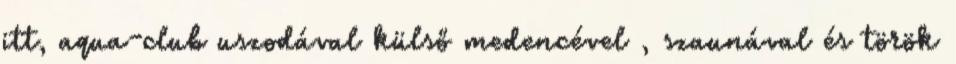
itt, aqua-club uszodával külső medencével , szaunával és török